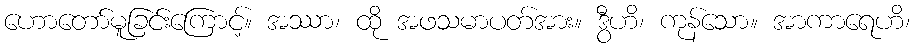
ဟောတော်မူခြင်းကြောင့်။ အဿာ၊ ထို အဖသမာပတ်အား။ ဒွီဟိ၊ ကုန်သော။ အာကာရေဟိ၊